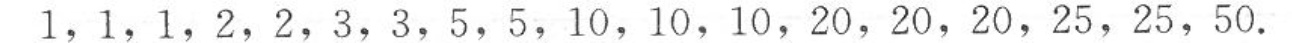
1，1，1，2，2，3，3，5，5，10，10，10，20，20，20，25，25，50.